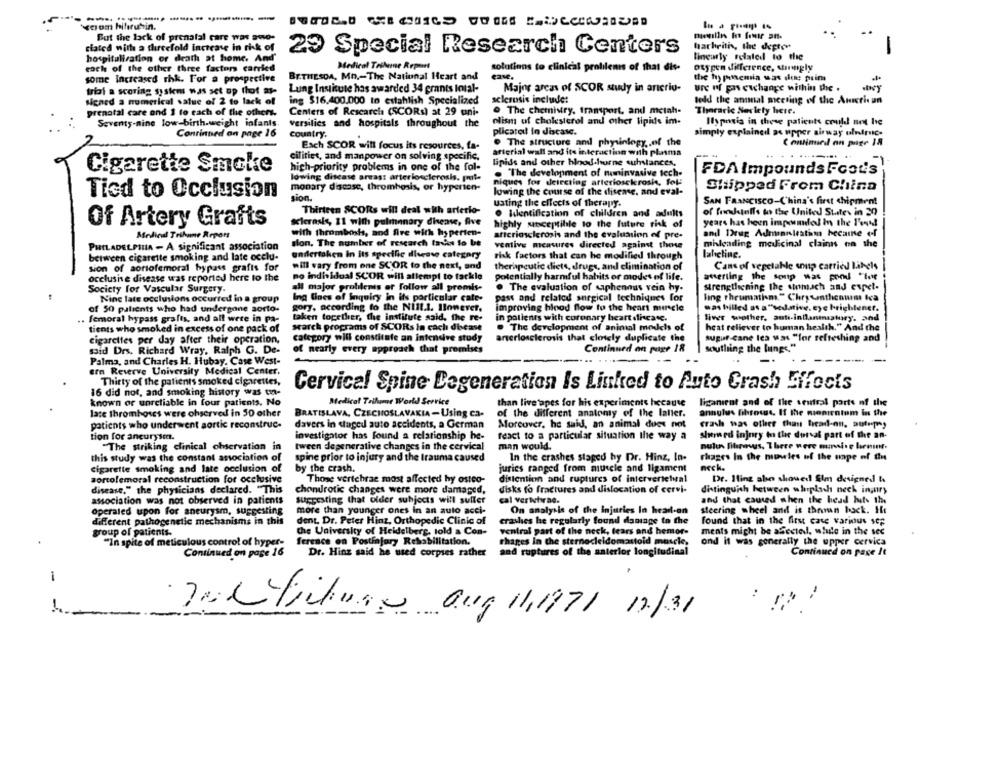
-
xoom bilirubin.
But the back of prenatal care was smo-
ciated with a threefold increase in risk of
harhritis, the depto"
23 Special Research Centers
hospitalisation or death at home. And
linearly related to the
each of the other three factors carried
Medical Tribune Report
solutions to clinical profilenis of that dis-
otypen difference, singly
BETHESDA, MO .- The National Heart and
case.
the hy ponemia was dee primi
some Increased thk. For a prospective
triof a scoring system was set up thot ase
Lung Institute has awarded 34 grants Intal-
Major areas of SCOR study in arterio-
ure nf pas ewchange within the .
ing $16.400.000 to establish Specialized
sclerosis include:
leld the annual meeting of the American
signed a numerical salue of 2 to lack of
prenatal care and 1 to each of the others.
Centers of Research (SCORs) at 29 uni-
. The chemistry, transport, and metah-
Thoracic Serlety here.
Seventy-nine low-birth.weight infants.
olism of cholesterol and other lipids im-
Ilyponis in these patients could not he
versilies and hospitals throughout the
Continued on page 16
country.
plicatoil in discase.
simply explained as upper airway ulnitnic-
. The structure and physiology ., of the
Each SCOR will focus its resources, fa-
arterial wall and its interaction with plasma
cilities, and manpower on solving specific.
high-priority problems in one of the fol-
lipids and other blood.horne substances,
Cigarette Smoke
. "The development of noninvasive tech-
FDAImpounds Food's
lowing disease areas: arteriosclerosis. paul-
niques for detecting arteriosclerosis, fol:
monary disease, thrombosis, or hyperien-
lowing the course of the disease, and eval-
Shipped From China
Tied to Occlusion
sion.
usting the effects of therapy.
SAN FRANCISCO-China's first shipment
Thirteen SCORs will deal with arterio-
. Ilentification of children and adults
of foodstuffs to the United States in 20
Of Artery Grafts
sclerosis, 11 with pulmonary disease, five
highly susceptible to the future risk of
years has been impounded in the Food
Medical Tribune Repors
with thrombosis, and fire with hyperten-
arteriosclerosis and the evaluation of pre-
and Drug Adminnlestim hecame of
sion. The number of research tavas to be
mileading medicinal claims on the
PHILADELPHIA - A significant association
ventive measures directed against those
between cigarette smoking and late occlu.
undertaken In its specific disease category
risk factors that can be modified through
laheline.
sion of sortofemoral bypass grafis for
will vary from one SCOR to the next, and
therapeutic diets, drugs, and elimination of
Cansof vegetable soup carried Labels
occlushe disease was reported here to the
no individual SCOR will attempt to tackle
Potentially harmful habits or modes of life.
averting the sonp was prod "tet
Society for Vascular Surgery.
all major problems of follow all promis-
. The evaluation of uphenous vein hy-
Strengthening the stomach and expet-
Nine late occlusions occurred in a group
Ing lines of inquiry in its porticular cate-
pass and related surgical techniques for
ling thrumatism." Chrysanthemum Ica
of 50 patients who had undergone sorto-
gory, according to the Nill.1. However.
improving hinod flow to the heart miracle
was billed as a"sedative, eye brightenet.
femoral hypass grafts, and all were in pa-
taken together, the institute said, the re-
in patients with coronary heart dicase.
liver wother, anti-inflanmnatury. and
tients who smoked in excess of one pack of
search programs of SCORs In caclı dicase
. The development of animal models of
heat reliever to human health." And the
cigarettes per day after their operation,
category will constitute an intensive study
arteriosclerosis that closely duplicate the
august-cane Ica was "for refreshing and
said Drs. Richard Wray, Ralph G. De-
of nearly every approach that promises
Continued on page 18
southing the lungs."
Palma, and Charles H. Hubay. Case West-
ern Reserve University Medical Center.
Thirty of the patients smoked cigarettes,
Cervical Spine Degeneration Is Linked to Auto Crash Effocis
16 did not, and smoking history was ton-
known or unreliable in four patients. No
Medical Trihome World Service
than live apes for his experiments hecause
liganient and of the sentral parts of the
late thromboses were observed in 50 other
BRATISLAVA, CZECHOSLAVAKIA - Using ca-
of the different anatomy of the latter.
annulus Dihrosus. If the monientum in the
patients who underwent aortic reconstruc.
davers in staged auto accidents, a German
Moreover, he said, an animal dues not
crash was other than bread-on, autopsy
tion for aneurysmn.
investigator has Found a relationship he-
react to a particular situation the way a
shemed injury in the dorsal part of the an-
"The striking clinical observation in
tween degenerative changes in the cervical
man would.
nulus Miraus, There were munsive birmint.
this study was the constant association of
In the crashes staged hy Dr. Hinz, In-
Phages In the muwles of the nope of the
spine prior to injury and the trauma caused
cigarette smoking and late occlusion of
by the crash.
juries ranged from muscle and ligament
neck.
sortofemoral reconstruction for occlusive
Those vertebrae most affected hy osteo-
distention and ruptures of intervertebral
Dr. Iting abe showed Sim designed &
disease." the physicians declared. "This
chondrotic changes were more damaged,
disks to fractures and dislocation of cervi-
distinguish between whiplash neck injury
association was not observed in patients
Suggesting that older subjects will suller
cal veritirae.
and that caused when the head hits the
more than younger ones in an auto acci-
On analysis of the Injuries In head-on
steering wheel and is thrown back. It
operaled upon for aneurysm, suggesting
different pathogenetic mechanisms in this
dent, Dr. Peter Hinz, Orthopedic Clinic of
crashes he regularly found damage to the
found that in the first case various sop
group of patients-
the University of Heidelberg, told a Con-
ventral part of the neck, fears and hemor-
ments might be afecte, while in the sec
"In spite of meticulous control of hyper-
ference en Postiajury Rehabilitation.
chages In the sternocleidomastoideoscle,
ond it was generally the upper cervica
Continued on page 16
Dr. Hinz said he used corpses rather
and ruptures of the anterior longitudinal
Continued on page It
1
--
margituns oug 11971 12/31